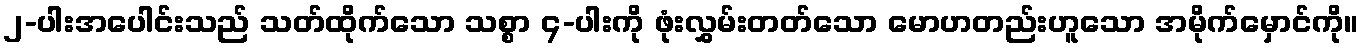
၂-ပါးအပေါင်းသည် သတ်ထိုက်သော သစ္စာ ၄-ပါးကို ဖုံးလွှမ်းတတ်သော မောဟတည်းဟူသော အမိုက်မှောင်ကို။